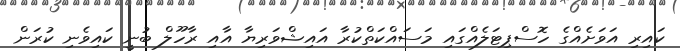
ކައިރި އަވަށެއްގެ ހޮސްޕިޓަލެއްގައި މަސައްކަތްކުރާ އައިޝްވަރިޔާ އާއި ރާހޫލް ބުނީ ކައިވެނި ކުރަން